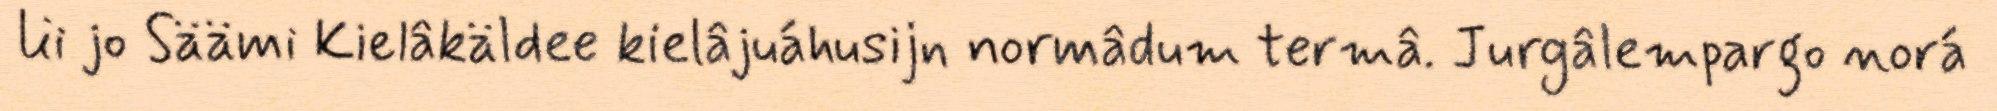
lii jo Säämi Kielâkäldee kielâjuáhusijn normâdum termâ. Jurgâlempargo norá